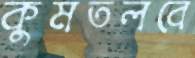
কুমতলবে